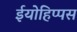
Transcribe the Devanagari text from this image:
ईयोहिप्पस